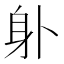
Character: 𨈒